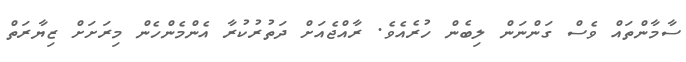
ސާމާންތައް ވެސް ގަންނަން ލިބެން ހުރެއެވެ. ރާއްޖެއަށް ދަތުރުކުރާ އެންމެންހެން މިރަށަށް ޒިޔާރަތް